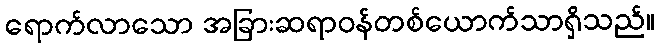
ရောက်လာသော အခြားဆရာဝန်တစ်ယောက်သာရှိသည်။